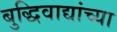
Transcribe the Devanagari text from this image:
बुद्धिवाद्यांच्या